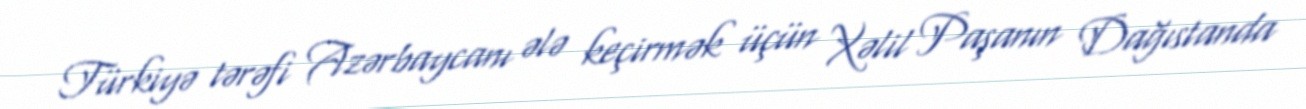
Türkiyə tərəfi Azərbaycanı ələ keçirmək üçün Xəlil Paşanın Dağıstanda